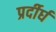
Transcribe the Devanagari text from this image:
प्रर्दीर्घ